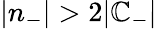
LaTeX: |n_{-}|>2|\mathbb{C}_{-}|